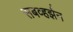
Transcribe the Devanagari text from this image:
सबव्हर्झन